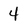
Character: 4